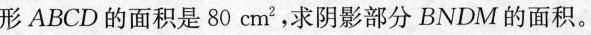
形ABCD的面积是80cm2，求阴影部分BNDM的面积。